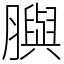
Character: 䑂